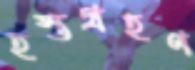
হস্তগ্রহণ